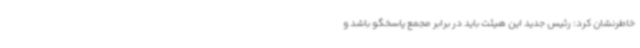
خاطرنشان کرد: رئیس جدید این هیئت باید در برابر مجمع پاسخگو باشد و